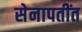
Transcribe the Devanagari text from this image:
सेनापतींत